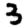
Digit: 3